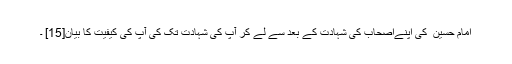
امام حسین ؑ کی اپنےاصحاب کی شہادت کے بعد سے لے کر آپ کی شہادت تک کی آپ کی کیفیت کا بیان[15] ۔